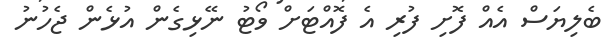
ބެލިޔަސް އެއް ފޮށި ފުރި އެ ފޮއްޓަށް ވޯޓު ނޭޅިގެން އުޅެން ޖެހުނު